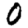
Digit: 0